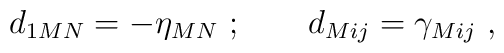
d_{1MN}= -\eta _{MN}\ ;\qquad d_{Mij}=\gamma _{Mij}\ ,